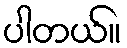
ပါတယ်။